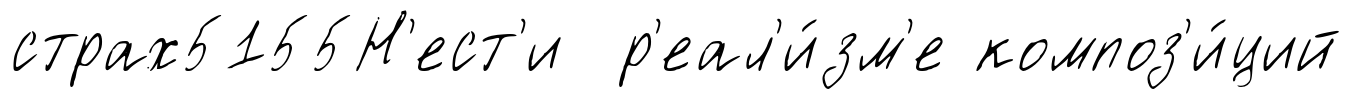
страх5155Н'ест'и р'еал'и́зм'е композ'и́ций